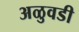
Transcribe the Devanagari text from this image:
अळुवडी